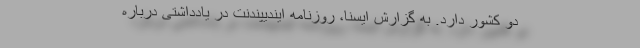
دو کشور دارد. به گزارش ایسنا، روزنامه ایندیپندنت در یادداشتی درباره